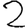
Digit: 2